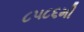
૮૫૮૬મી